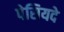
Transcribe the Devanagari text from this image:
पेसियदे